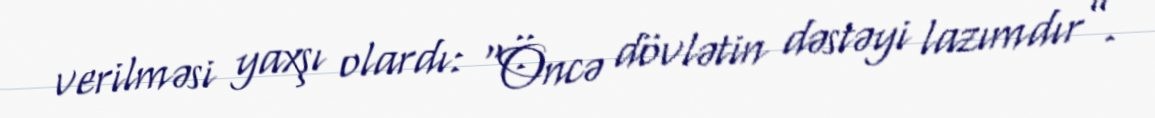
verilməsi yaxşı olardı: “Öncə dövlətin dəstəyi lazımdır”.